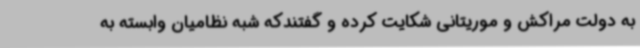
به دولت مراکش و موریتانی شکایت کرده و گفتندکه شبه نظامیان وابسته به